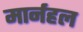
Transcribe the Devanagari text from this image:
मार्नहल